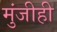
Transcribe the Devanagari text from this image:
मुंजीही